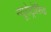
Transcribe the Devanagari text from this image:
न्यूरोट्रोफ़िक